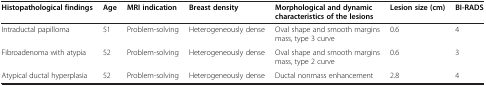
| Histopathological findings | Age | MRI indication | Breast density | Morphological and dynamic characteristics of the lesions | Lesion size (cm) | BI-RADS |
 | --- | --- | --- | --- | --- | --- | --- |
 | Intraductal papilloma | 51 | Problem-solving | Heterogeneously dense | Oval shape and smooth margins mass, type 3 curve | 0.6 | 4 |
 | Fibroadenoma with atypia | 52 | Problem-solving | Heterogeneously dense | Oval shape and smooth margins mass, type 2 curve | 0.6 | 3 |
 | Atypical ductal hyperplasia | 52 | Problem-solving | Heterogeneously dense | Ductal nonmass enhancement | 2.8 | 4 |